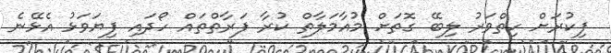
ފިކުރަށް ހިތްވަރު ލިބޭ ގޮތަށް މުއާމަލާތް ކުރާ ފަރާތްތައް ހޯދައި ފިޔަވަޅު އެޅޭނެ